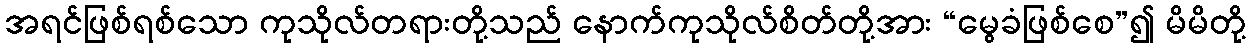
အရင်ဖြစ်ရစ်သော ကုသိုလ်တရားတို့သည် နောက်ကုသိုလ်စိတ်တို့အား “မွေခံဖြစ်စေ”၍ မိမိတို့